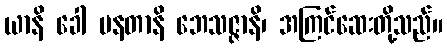
ယာနိ ခေါ ပနတာနိ ဘေသဇ္ဇာနိ၊ အကြင်ဆေးတို့သည်။